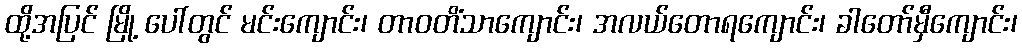
ထို့အပြင် မြို့ ပေါ်တွင် မင်းကျောင်း၊ တာဝတိံသာကျောင်း၊ အလယ်တောရကျောင်း၊ ခါတော်မှီကျောင်း၊